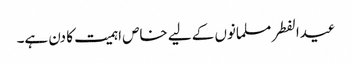
عیدالفطر مسلمانوں کے لیے خاص اہمیت کا دن ہے۔